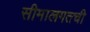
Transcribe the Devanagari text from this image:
सीमालगतची